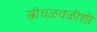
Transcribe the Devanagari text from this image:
स्त्रीचळवळीशी